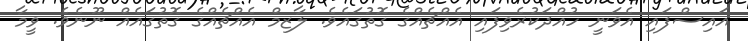
އައިސްފައި އެވަނީ ހުއްދަކުރެވިފައި އެއްޗެއްގެ ގޮތުގައެވެ. ލާޒިމް އެއްޗެއްގެ ގޮތުގައެއް ނޫނެވެ. ވީމާ